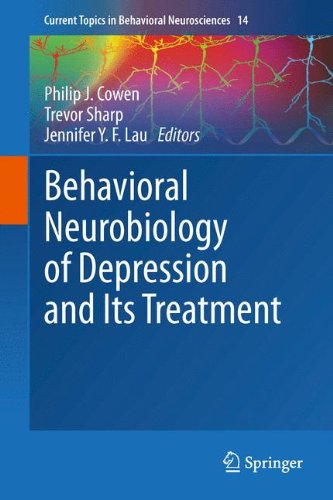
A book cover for Behavioral Neurobiology of Depression and Its Treatment (Current Topics in Behavioral Neurosciences); Medical Books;